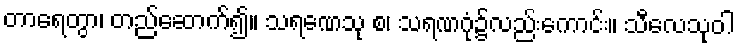
တာရေတွာ၊ တည်ဆောက်၍။ သရဏေသု စ၊ သရဏဂုံ၌လည်းကောင်း။ သီလေသုဝါ